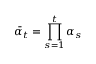
{ \bar { \alpha } } _ { t } = \prod _ { s = 1 } ^ { t } \alpha _ { s }